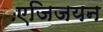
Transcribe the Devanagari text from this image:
एजिजयन